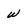
Character: W